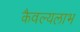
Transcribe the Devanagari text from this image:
कैवल्यलाभ